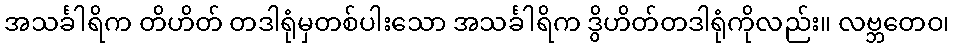
အသင်္ခါရိက တိဟိတ် တဒါရုံမှတစ်ပါးသော အသင်္ခါရိက ဒွိဟိတ်တဒါရုံကိုလည်း။ လဗ္ဘတေဝ၊